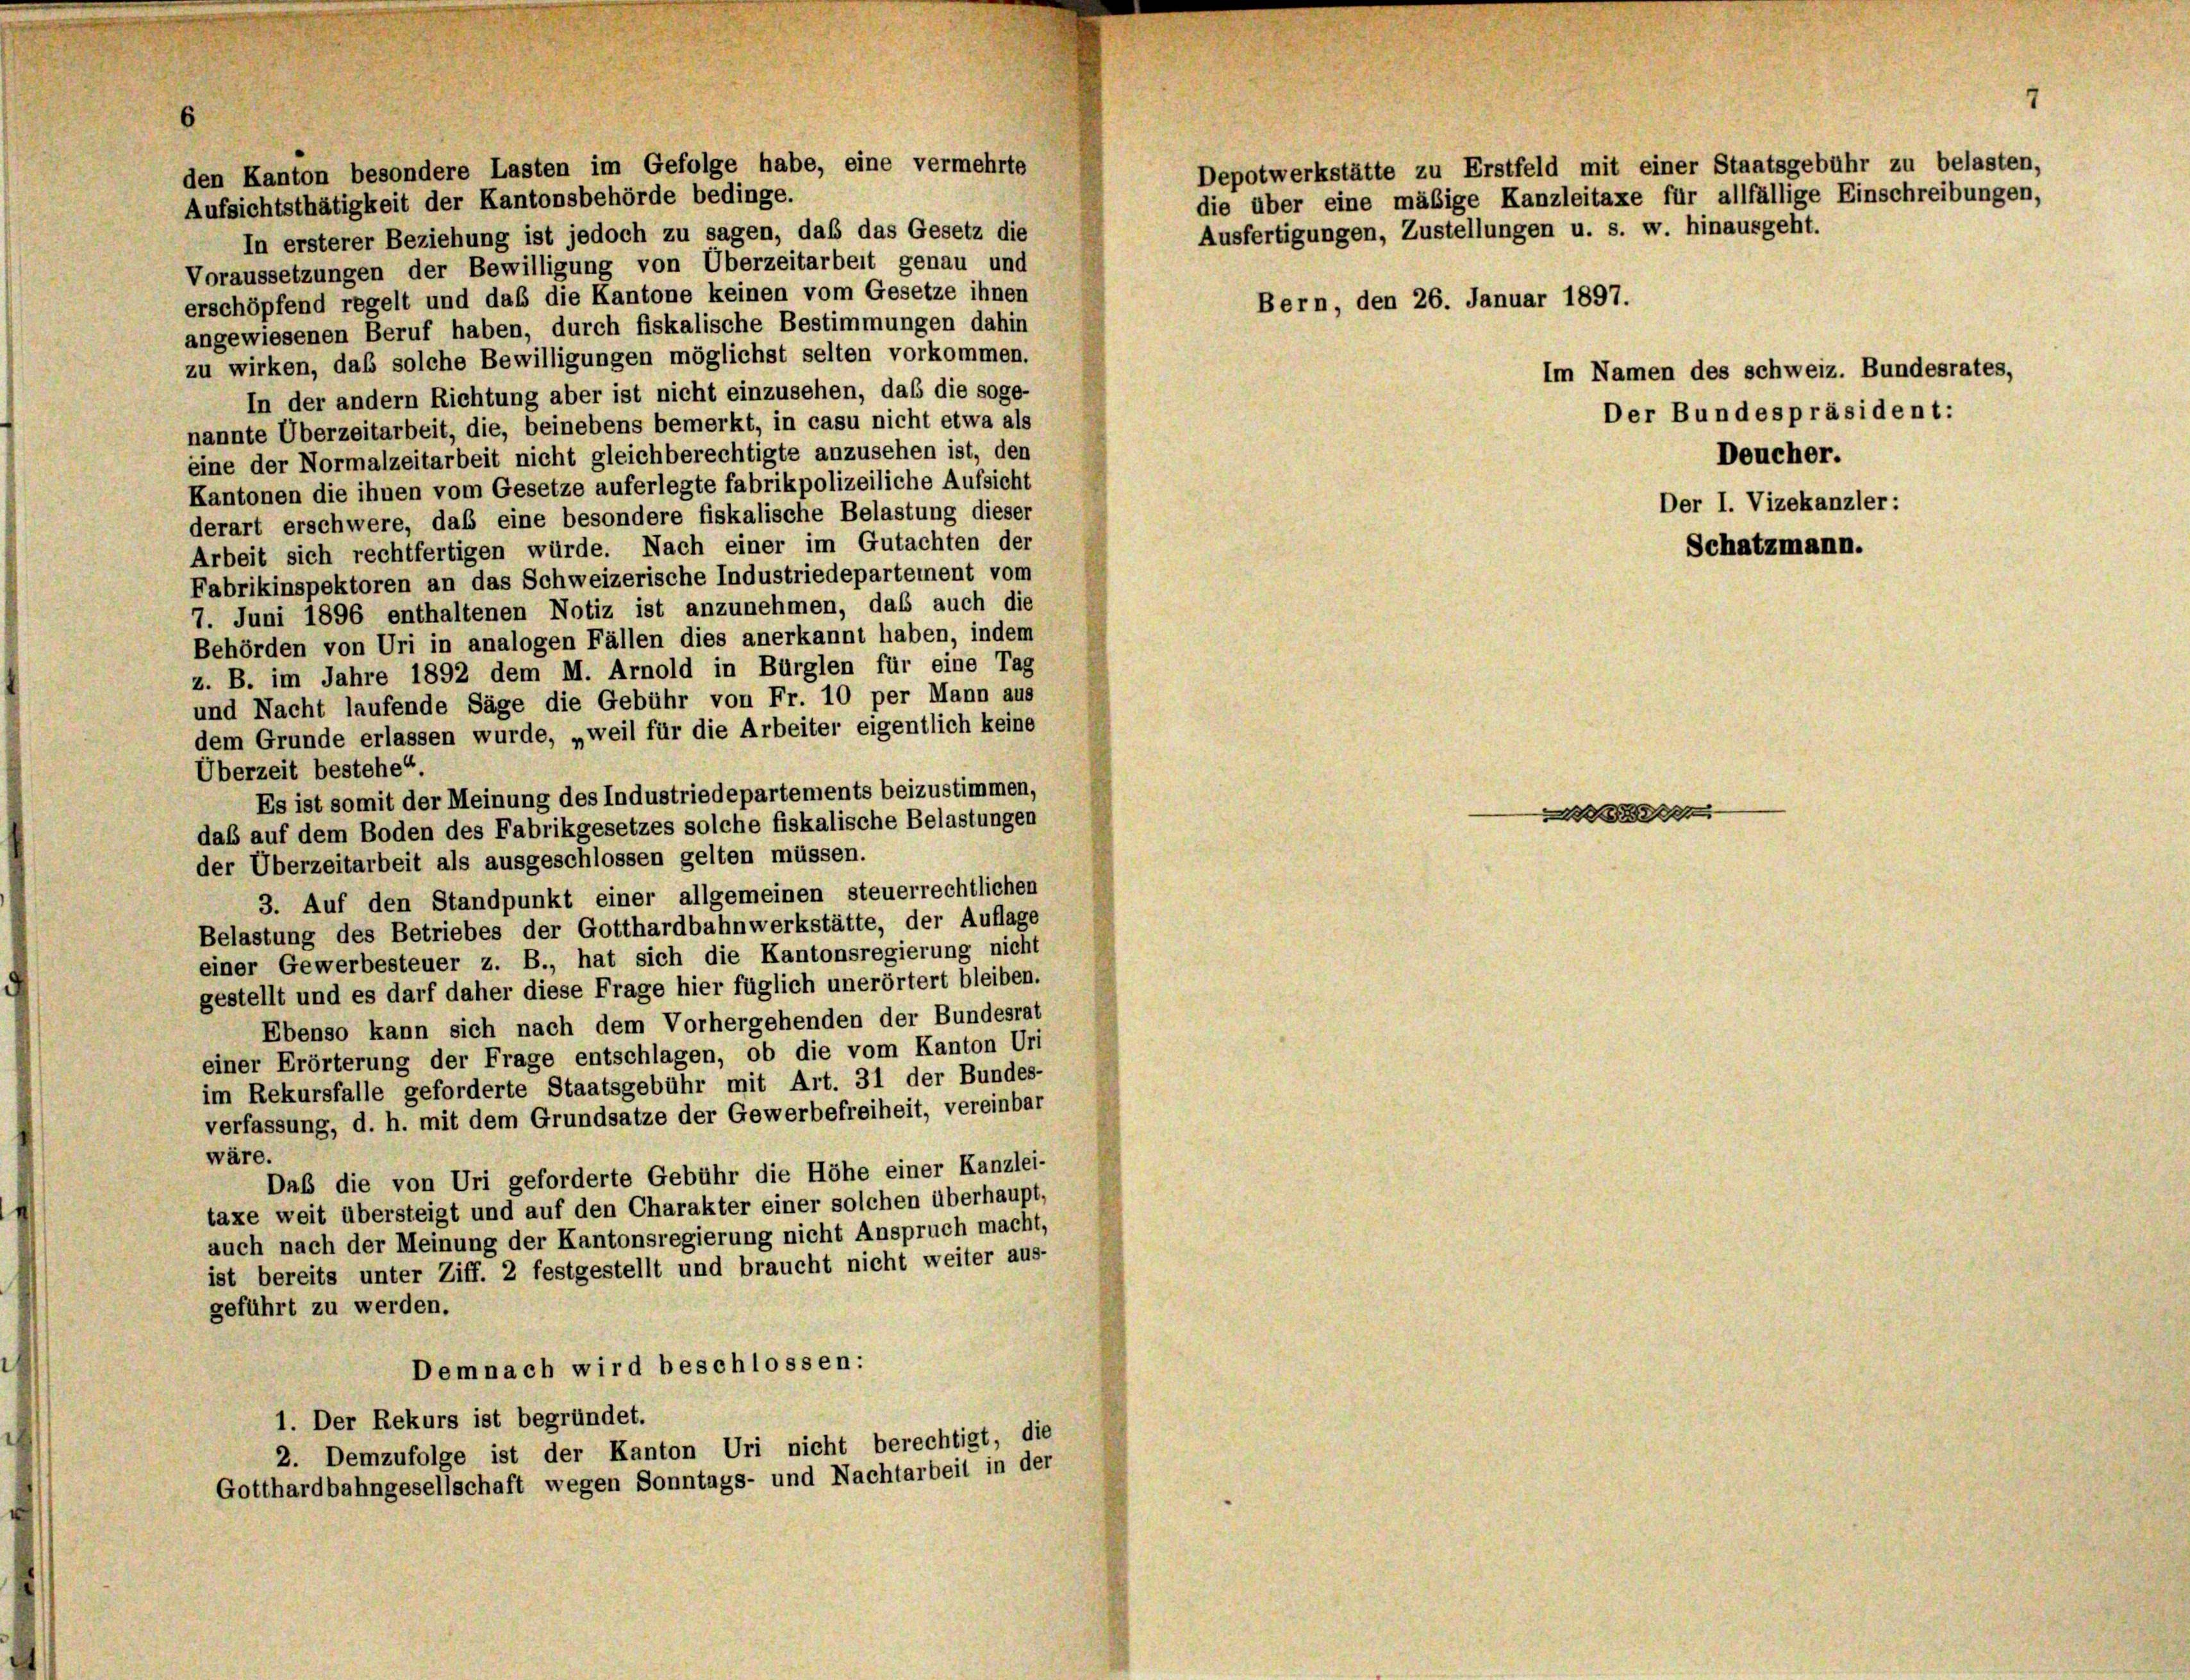
den Kanton besondere Lasten im Gefolge habe, eine vermehrte

Aufsichtsthätigkeit der Kantonsbehörde bedinge.
In ersterer Beziehung ist jedoch zu sagen, daß das Gesetz die
Voraussetzungen der Bewilligung von Überzeitarbeit genau und
erschöpfend regelt und daß die Kantone keinen vom Gesetze ihnen
angewiesenen Beruf haben, durch fiskalische Bestimmungen dahin
zu wirken, daß solche Bewilligungen möglichst selten vorkommen.
In der andern Richtung aber ist nicht einzusehen, daß die soge-
nannte Überzeitarbeit, die, beinebens bemerkt, in casu nicht etwa als
eine der Normalzeitarbeit nicht gleichberechtigte anzusehen ist, den
Kantonen die ihnen vom Gesetze auferlegte fabrikpolizeiliche Aufsicht
derart erschwere, daß eine besondere fiskalische Belastung dieser
Arbeit sich rechtfertigen würde. Nach einer im Gutachten der
Fabrikinspektoren an das Schweizerische Industriedepartement vom
7. Juni 1896 enthaltenen Notiz ist anzunehmen, daß auch die
Behörden von Uri in analogen Fällen dies anerkannt haben, indem
z. B. im Jahre 1892 dem M. Arnold in Bürglen für eine Tag
und Nacht laufende Säge die Gebühr von Fr. 10 per Mann aus
dem Grunde erlassen wurde, „weil für die Arbeiter eigentlich keine
Überzeit bestehe“.
Es ist somit der Meinung des Industriedepartements beizustimmen,
das auf dem Boden des Fabrikgesetzes solche fiskalische Belastungen
der Überzeitarbeit als ausgeschlossen gelten müssen.
3. Auf den Standpunkt einer allgemeinen steuerrechtlichen
Belastung des Betriebes der Gotthardbahnwerkstätte, der Auflage
einer Gewerbesteuer z. B., hat sich die Kantonsregierung nicht
gestellt und es darf daher diese Frage hier füglich unerörtert bleiben.
Ebenso kann sich nach dem Vorhergehenden der Bundesrat
einer Erörterung der Frage entschlagen, ob die vom Kanton Uri
im Rekursfalle geforderte Staatsgebühr mit Art. 31 der Bundes-
verfassung, d. h. mit dem Grundsätze der Gewerbefreiheit, vereinbar
wäre.
Daß die von Uri geforderte Gebühr die Höhe einer Kanzlei-
taxe weit übersteigt und auf den Charakter einer solchen überhaupt,
auch nach der Meinung der Kantonsregierung nicht Anspruch macht,
ist bereits unter Ziff. 2 festgestellt und braucht nicht weiter aus-
geführt zu werden.
Demnach wird beschlossen:
1. Der Rekurs ist begründet.
2. Demzufolge ist der Kanton Uri nicht berechtigt, die
Gotthardbahngesellschaft wegen Sonntags- und Nachtarbeit in der

Depotwerkstätte zu Erstfeld mit einer Staatsgebühr zu belasten,
die über eine mäßige Kanzleitaxe für allfällige Einschreibungen,

Ausfertigungen, Zustellungen u. s. w. hinausgeht.
Bern, den 26. Januar 1897.

Im Namen des schweiz. Bundesrates,
Der Bundespräsident:
Deucher.
Der I. Vizekanzler:

e

Schatzmann.